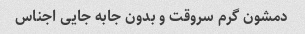
دمشون گرم سروقت و بدون جابه جایی اجناس